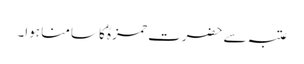
عتبہ سے حضرت حمزہؓ کا سامنا ہوا۔